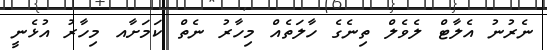
ނެރުނު އެލާޓް ލެވެލް ތިނެގެ ހާލަތެއް މިހާރު ނެތް ކަމަށާއ މިހާރު އުޅެނީ